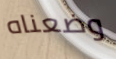
وضعناه